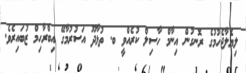
ލިޔެލާޖެހުމުގެ ރޮނގުން އިނާމް ހާސިލް ކުރެއްވީ ބ. ތުޅާދޫ އަސުރުމާގޭ އިބްރާހިމް ޒުބައިރެވެ.